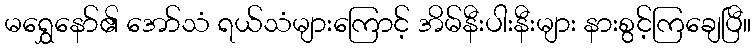
မရွှေနော်၏ အော်သံ ရယ်သံများကြောင့် အိမ်နီးပါးနီးများ နားစွင့်ကြချေပြီ။